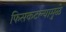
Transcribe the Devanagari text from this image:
फिसकटल्यामुळे